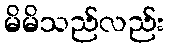
မိမိသည်လည်း